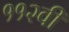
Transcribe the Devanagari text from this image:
११२वी